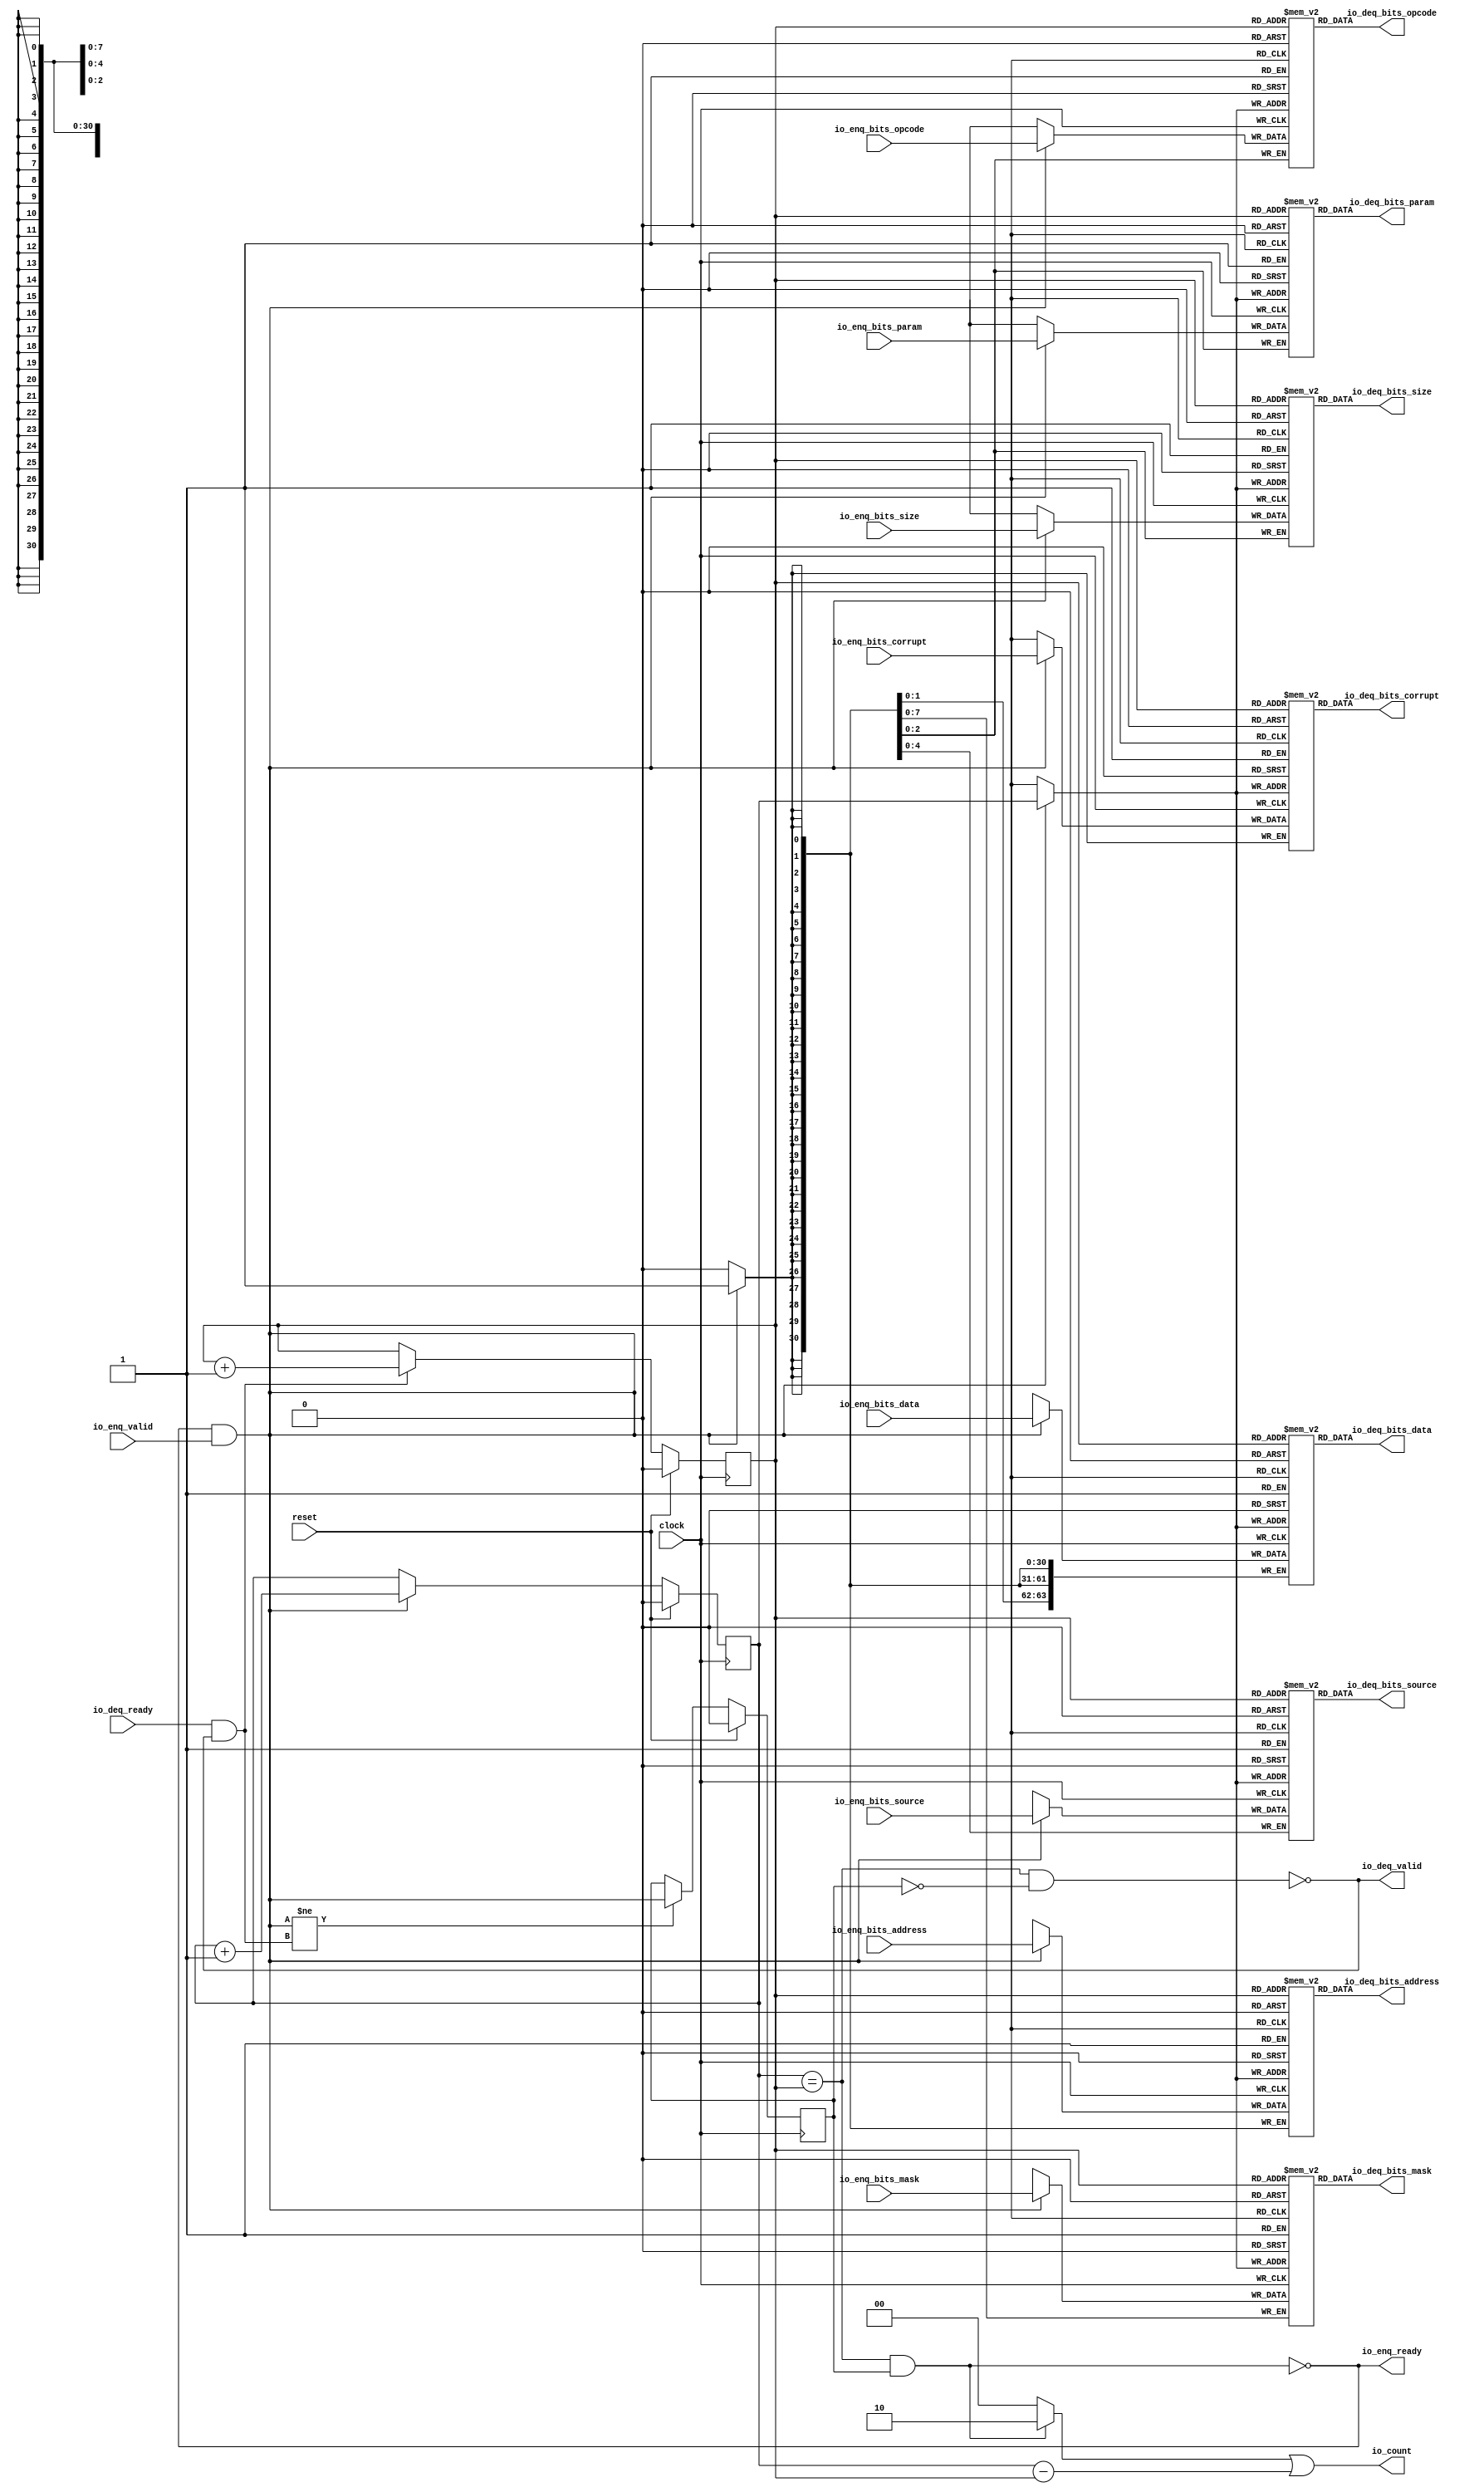
module Queue(
  input         clock,
  input         reset,
  output        io_enq_ready,
  input         io_enq_valid,
  input  [2:0]  io_enq_bits_opcode,
  input  [2:0]  io_enq_bits_param,
  input  [2:0]  io_enq_bits_size,
  input  [4:0]  io_enq_bits_source,
  input  [30:0] io_enq_bits_address,
  input  [7:0]  io_enq_bits_mask,
  input  [63:0] io_enq_bits_data,
  input         io_enq_bits_corrupt,
  input         io_deq_ready,
  output        io_deq_valid,
  output [2:0]  io_deq_bits_opcode,
  output [2:0]  io_deq_bits_param,
  output [2:0]  io_deq_bits_size,
  output [4:0]  io_deq_bits_source,
  output [30:0] io_deq_bits_address,
  output [7:0]  io_deq_bits_mask,
  output [63:0] io_deq_bits_data,
  output        io_deq_bits_corrupt,
  output [1:0]  io_count
);
`ifdef RANDOMIZE_MEM_INIT
  reg [31:0] _RAND_0;
  reg [31:0] _RAND_1;
  reg [31:0] _RAND_2;
  reg [31:0] _RAND_3;
  reg [31:0] _RAND_4;
  reg [31:0] _RAND_5;
  reg [63:0] _RAND_6;
  reg [31:0] _RAND_7;
`endif // RANDOMIZE_MEM_INIT
`ifdef RANDOMIZE_REG_INIT
  reg [31:0] _RAND_8;
  reg [31:0] _RAND_9;
  reg [31:0] _RAND_10;
`endif // RANDOMIZE_REG_INIT
  reg [2:0] ram_opcode [0:1]; // @[Decoupled.scala 218:16]
  wire [2:0] ram_opcode_io_deq_bits_MPORT_data; // @[Decoupled.scala 218:16]
  wire  ram_opcode_io_deq_bits_MPORT_addr; // @[Decoupled.scala 218:16]
  wire [2:0] ram_opcode_MPORT_data; // @[Decoupled.scala 218:16]
  wire  ram_opcode_MPORT_addr; // @[Decoupled.scala 218:16]
  wire  ram_opcode_MPORT_mask; // @[Decoupled.scala 218:16]
  wire  ram_opcode_MPORT_en; // @[Decoupled.scala 218:16]
  reg [2:0] ram_param [0:1]; // @[Decoupled.scala 218:16]
  wire [2:0] ram_param_io_deq_bits_MPORT_data; // @[Decoupled.scala 218:16]
  wire  ram_param_io_deq_bits_MPORT_addr; // @[Decoupled.scala 218:16]
  wire [2:0] ram_param_MPORT_data; // @[Decoupled.scala 218:16]
  wire  ram_param_MPORT_addr; // @[Decoupled.scala 218:16]
  wire  ram_param_MPORT_mask; // @[Decoupled.scala 218:16]
  wire  ram_param_MPORT_en; // @[Decoupled.scala 218:16]
  reg [2:0] ram_size [0:1]; // @[Decoupled.scala 218:16]
  wire [2:0] ram_size_io_deq_bits_MPORT_data; // @[Decoupled.scala 218:16]
  wire  ram_size_io_deq_bits_MPORT_addr; // @[Decoupled.scala 218:16]
  wire [2:0] ram_size_MPORT_data; // @[Decoupled.scala 218:16]
  wire  ram_size_MPORT_addr; // @[Decoupled.scala 218:16]
  wire  ram_size_MPORT_mask; // @[Decoupled.scala 218:16]
  wire  ram_size_MPORT_en; // @[Decoupled.scala 218:16]
  reg [4:0] ram_source [0:1]; // @[Decoupled.scala 218:16]
  wire [4:0] ram_source_io_deq_bits_MPORT_data; // @[Decoupled.scala 218:16]
  wire  ram_source_io_deq_bits_MPORT_addr; // @[Decoupled.scala 218:16]
  wire [4:0] ram_source_MPORT_data; // @[Decoupled.scala 218:16]
  wire  ram_source_MPORT_addr; // @[Decoupled.scala 218:16]
  wire  ram_source_MPORT_mask; // @[Decoupled.scala 218:16]
  wire  ram_source_MPORT_en; // @[Decoupled.scala 218:16]
  reg [30:0] ram_address [0:1]; // @[Decoupled.scala 218:16]
  wire [30:0] ram_address_io_deq_bits_MPORT_data; // @[Decoupled.scala 218:16]
  wire  ram_address_io_deq_bits_MPORT_addr; // @[Decoupled.scala 218:16]
  wire [30:0] ram_address_MPORT_data; // @[Decoupled.scala 218:16]
  wire  ram_address_MPORT_addr; // @[Decoupled.scala 218:16]
  wire  ram_address_MPORT_mask; // @[Decoupled.scala 218:16]
  wire  ram_address_MPORT_en; // @[Decoupled.scala 218:16]
  reg [7:0] ram_mask [0:1]; // @[Decoupled.scala 218:16]
  wire [7:0] ram_mask_io_deq_bits_MPORT_data; // @[Decoupled.scala 218:16]
  wire  ram_mask_io_deq_bits_MPORT_addr; // @[Decoupled.scala 218:16]
  wire [7:0] ram_mask_MPORT_data; // @[Decoupled.scala 218:16]
  wire  ram_mask_MPORT_addr; // @[Decoupled.scala 218:16]
  wire  ram_mask_MPORT_mask; // @[Decoupled.scala 218:16]
  wire  ram_mask_MPORT_en; // @[Decoupled.scala 218:16]
  reg [63:0] ram_data [0:1]; // @[Decoupled.scala 218:16]
  wire [63:0] ram_data_io_deq_bits_MPORT_data; // @[Decoupled.scala 218:16]
  wire  ram_data_io_deq_bits_MPORT_addr; // @[Decoupled.scala 218:16]
  wire [63:0] ram_data_MPORT_data; // @[Decoupled.scala 218:16]
  wire  ram_data_MPORT_addr; // @[Decoupled.scala 218:16]
  wire  ram_data_MPORT_mask; // @[Decoupled.scala 218:16]
  wire  ram_data_MPORT_en; // @[Decoupled.scala 218:16]
  reg  ram_corrupt [0:1]; // @[Decoupled.scala 218:16]
  wire  ram_corrupt_io_deq_bits_MPORT_data; // @[Decoupled.scala 218:16]
  wire  ram_corrupt_io_deq_bits_MPORT_addr; // @[Decoupled.scala 218:16]
  wire  ram_corrupt_MPORT_data; // @[Decoupled.scala 218:16]
  wire  ram_corrupt_MPORT_addr; // @[Decoupled.scala 218:16]
  wire  ram_corrupt_MPORT_mask; // @[Decoupled.scala 218:16]
  wire  ram_corrupt_MPORT_en; // @[Decoupled.scala 218:16]
  reg  value; // @[Counter.scala 60:40]
  reg  value_1; // @[Counter.scala 60:40]
  reg  maybe_full; // @[Decoupled.scala 221:27]
  wire  ptr_match = value == value_1; // @[Decoupled.scala 223:33]
  wire  empty = ptr_match & ~maybe_full; // @[Decoupled.scala 224:25]
  wire  full = ptr_match & maybe_full; // @[Decoupled.scala 225:24]
  wire  do_enq = io_enq_ready & io_enq_valid; // @[Decoupled.scala 40:37]
  wire  do_deq = io_deq_ready & io_deq_valid; // @[Decoupled.scala 40:37]
  wire  ptr_diff = value - value_1; // @[Decoupled.scala 257:32]
  wire [1:0] _io_count_T_1 = maybe_full & ptr_match ? 2'h2 : 2'h0; // @[Decoupled.scala 259:20]
  wire [1:0] _GEN_15 = {{1'd0}, ptr_diff}; // @[Decoupled.scala 259:62]
  assign ram_opcode_io_deq_bits_MPORT_addr = value_1;
  assign ram_opcode_io_deq_bits_MPORT_data = ram_opcode[ram_opcode_io_deq_bits_MPORT_addr]; // @[Decoupled.scala 218:16]
  assign ram_opcode_MPORT_data = io_enq_bits_opcode;
  assign ram_opcode_MPORT_addr = value;
  assign ram_opcode_MPORT_mask = 1'h1;
  assign ram_opcode_MPORT_en = io_enq_ready & io_enq_valid;
  assign ram_param_io_deq_bits_MPORT_addr = value_1;
  assign ram_param_io_deq_bits_MPORT_data = ram_param[ram_param_io_deq_bits_MPORT_addr]; // @[Decoupled.scala 218:16]
  assign ram_param_MPORT_data = io_enq_bits_param;
  assign ram_param_MPORT_addr = value;
  assign ram_param_MPORT_mask = 1'h1;
  assign ram_param_MPORT_en = io_enq_ready & io_enq_valid;
  assign ram_size_io_deq_bits_MPORT_addr = value_1;
  assign ram_size_io_deq_bits_MPORT_data = ram_size[ram_size_io_deq_bits_MPORT_addr]; // @[Decoupled.scala 218:16]
  assign ram_size_MPORT_data = io_enq_bits_size;
  assign ram_size_MPORT_addr = value;
  assign ram_size_MPORT_mask = 1'h1;
  assign ram_size_MPORT_en = io_enq_ready & io_enq_valid;
  assign ram_source_io_deq_bits_MPORT_addr = value_1;
  assign ram_source_io_deq_bits_MPORT_data = ram_source[ram_source_io_deq_bits_MPORT_addr]; // @[Decoupled.scala 218:16]
  assign ram_source_MPORT_data = io_enq_bits_source;
  assign ram_source_MPORT_addr = value;
  assign ram_source_MPORT_mask = 1'h1;
  assign ram_source_MPORT_en = io_enq_ready & io_enq_valid;
  assign ram_address_io_deq_bits_MPORT_addr = value_1;
  assign ram_address_io_deq_bits_MPORT_data = ram_address[ram_address_io_deq_bits_MPORT_addr]; // @[Decoupled.scala 218:16]
  assign ram_address_MPORT_data = io_enq_bits_address;
  assign ram_address_MPORT_addr = value;
  assign ram_address_MPORT_mask = 1'h1;
  assign ram_address_MPORT_en = io_enq_ready & io_enq_valid;
  assign ram_mask_io_deq_bits_MPORT_addr = value_1;
  assign ram_mask_io_deq_bits_MPORT_data = ram_mask[ram_mask_io_deq_bits_MPORT_addr]; // @[Decoupled.scala 218:16]
  assign ram_mask_MPORT_data = io_enq_bits_mask;
  assign ram_mask_MPORT_addr = value;
  assign ram_mask_MPORT_mask = 1'h1;
  assign ram_mask_MPORT_en = io_enq_ready & io_enq_valid;
  assign ram_data_io_deq_bits_MPORT_addr = value_1;
  assign ram_data_io_deq_bits_MPORT_data = ram_data[ram_data_io_deq_bits_MPORT_addr]; // @[Decoupled.scala 218:16]
  assign ram_data_MPORT_data = io_enq_bits_data;
  assign ram_data_MPORT_addr = value;
  assign ram_data_MPORT_mask = 1'h1;
  assign ram_data_MPORT_en = io_enq_ready & io_enq_valid;
  assign ram_corrupt_io_deq_bits_MPORT_addr = value_1;
  assign ram_corrupt_io_deq_bits_MPORT_data = ram_corrupt[ram_corrupt_io_deq_bits_MPORT_addr]; // @[Decoupled.scala 218:16]
  assign ram_corrupt_MPORT_data = io_enq_bits_corrupt;
  assign ram_corrupt_MPORT_addr = value;
  assign ram_corrupt_MPORT_mask = 1'h1;
  assign ram_corrupt_MPORT_en = io_enq_ready & io_enq_valid;
  assign io_enq_ready = ~full; // @[Decoupled.scala 241:19]
  assign io_deq_valid = ~empty; // @[Decoupled.scala 240:19]
  assign io_deq_bits_opcode = ram_opcode_io_deq_bits_MPORT_data; // @[Decoupled.scala 242:15]
  assign io_deq_bits_param = ram_param_io_deq_bits_MPORT_data; // @[Decoupled.scala 242:15]
  assign io_deq_bits_size = ram_size_io_deq_bits_MPORT_data; // @[Decoupled.scala 242:15]
  assign io_deq_bits_source = ram_source_io_deq_bits_MPORT_data; // @[Decoupled.scala 242:15]
  assign io_deq_bits_address = ram_address_io_deq_bits_MPORT_data; // @[Decoupled.scala 242:15]
  assign io_deq_bits_mask = ram_mask_io_deq_bits_MPORT_data; // @[Decoupled.scala 242:15]
  assign io_deq_bits_data = ram_data_io_deq_bits_MPORT_data; // @[Decoupled.scala 242:15]
  assign io_deq_bits_corrupt = ram_corrupt_io_deq_bits_MPORT_data; // @[Decoupled.scala 242:15]
  assign io_count = _io_count_T_1 | _GEN_15; // @[Decoupled.scala 259:62]
  always @(posedge clock) begin
    if(ram_opcode_MPORT_en & ram_opcode_MPORT_mask) begin
      ram_opcode[ram_opcode_MPORT_addr] <= ram_opcode_MPORT_data; // @[Decoupled.scala 218:16]
    end
    if(ram_param_MPORT_en & ram_param_MPORT_mask) begin
      ram_param[ram_param_MPORT_addr] <= ram_param_MPORT_data; // @[Decoupled.scala 218:16]
    end
    if(ram_size_MPORT_en & ram_size_MPORT_mask) begin
      ram_size[ram_size_MPORT_addr] <= ram_size_MPORT_data; // @[Decoupled.scala 218:16]
    end
    if(ram_source_MPORT_en & ram_source_MPORT_mask) begin
      ram_source[ram_source_MPORT_addr] <= ram_source_MPORT_data; // @[Decoupled.scala 218:16]
    end
    if(ram_address_MPORT_en & ram_address_MPORT_mask) begin
      ram_address[ram_address_MPORT_addr] <= ram_address_MPORT_data; // @[Decoupled.scala 218:16]
    end
    if(ram_mask_MPORT_en & ram_mask_MPORT_mask) begin
      ram_mask[ram_mask_MPORT_addr] <= ram_mask_MPORT_data; // @[Decoupled.scala 218:16]
    end
    if(ram_data_MPORT_en & ram_data_MPORT_mask) begin
      ram_data[ram_data_MPORT_addr] <= ram_data_MPORT_data; // @[Decoupled.scala 218:16]
    end
    if(ram_corrupt_MPORT_en & ram_corrupt_MPORT_mask) begin
      ram_corrupt[ram_corrupt_MPORT_addr] <= ram_corrupt_MPORT_data; // @[Decoupled.scala 218:16]
    end
    if (reset) begin // @[Counter.scala 60:40]
      value <= 1'h0; // @[Counter.scala 60:40]
    end else if (do_enq) begin // @[Decoupled.scala 229:17]
      value <= value + 1'h1; // @[Counter.scala 76:15]
    end
    if (reset) begin // @[Counter.scala 60:40]
      value_1 <= 1'h0; // @[Counter.scala 60:40]
    end else if (do_deq) begin // @[Decoupled.scala 233:17]
      value_1 <= value_1 + 1'h1; // @[Counter.scala 76:15]
    end
    if (reset) begin // @[Decoupled.scala 221:27]
      maybe_full <= 1'h0; // @[Decoupled.scala 221:27]
    end else if (do_enq != do_deq) begin // @[Decoupled.scala 236:28]
      maybe_full <= do_enq; // @[Decoupled.scala 237:16]
    end
  end
// Register and memory initialization
`ifdef RANDOMIZE_GARBAGE_ASSIGN
`define RANDOMIZE
`endif
`ifdef RANDOMIZE_INVALID_ASSIGN
`define RANDOMIZE
`endif
`ifdef RANDOMIZE_REG_INIT
`define RANDOMIZE
`endif
`ifdef RANDOMIZE_MEM_INIT
`define RANDOMIZE
`endif
`ifndef RANDOM
`define RANDOM $random
`endif
`ifdef RANDOMIZE_MEM_INIT
  integer initvar;
`endif
`ifndef SYNTHESIS
`ifdef FIRRTL_BEFORE_INITIAL
`FIRRTL_BEFORE_INITIAL
`endif
initial begin
  `ifdef RANDOMIZE
    `ifdef INIT_RANDOM
      `INIT_RANDOM
    `endif
    `ifndef VERILATOR
      `ifdef RANDOMIZE_DELAY
        #`RANDOMIZE_DELAY begin end
      `else
        #0.002 begin end
      `endif
    `endif
`ifdef RANDOMIZE_MEM_INIT
  _RAND_0 = {1{`RANDOM}};
  for (initvar = 0; initvar < 2; initvar = initvar+1)
    ram_opcode[initvar] = _RAND_0[2:0];
  _RAND_1 = {1{`RANDOM}};
  for (initvar = 0; initvar < 2; initvar = initvar+1)
    ram_param[initvar] = _RAND_1[2:0];
  _RAND_2 = {1{`RANDOM}};
  for (initvar = 0; initvar < 2; initvar = initvar+1)
    ram_size[initvar] = _RAND_2[2:0];
  _RAND_3 = {1{`RANDOM}};
  for (initvar = 0; initvar < 2; initvar = initvar+1)
    ram_source[initvar] = _RAND_3[4:0];
  _RAND_4 = {1{`RANDOM}};
  for (initvar = 0; initvar < 2; initvar = initvar+1)
    ram_address[initvar] = _RAND_4[30:0];
  _RAND_5 = {1{`RANDOM}};
  for (initvar = 0; initvar < 2; initvar = initvar+1)
    ram_mask[initvar] = _RAND_5[7:0];
  _RAND_6 = {2{`RANDOM}};
  for (initvar = 0; initvar < 2; initvar = initvar+1)
    ram_data[initvar] = _RAND_6[63:0];
  _RAND_7 = {1{`RANDOM}};
  for (initvar = 0; initvar < 2; initvar = initvar+1)
    ram_corrupt[initvar] = _RAND_7[0:0];
`endif // RANDOMIZE_MEM_INIT
`ifdef RANDOMIZE_REG_INIT
  _RAND_8 = {1{`RANDOM}};
  value = _RAND_8[0:0];
  _RAND_9 = {1{`RANDOM}};
  value_1 = _RAND_9[0:0];
  _RAND_10 = {1{`RANDOM}};
  maybe_full = _RAND_10[0:0];
`endif // RANDOMIZE_REG_INIT
  `endif // RANDOMIZE
end // initial
`ifdef FIRRTL_AFTER_INITIAL
`FIRRTL_AFTER_INITIAL
`endif
`endif // SYNTHESIS
endmodule